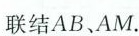
联结AB、AM。